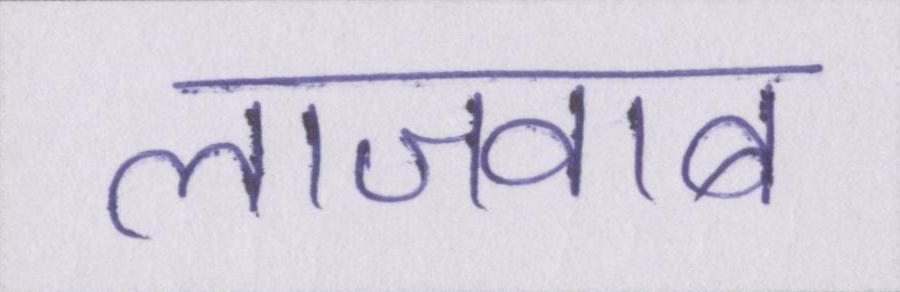
लाजवाब